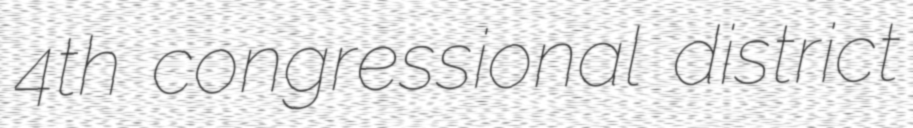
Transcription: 4th congressional district